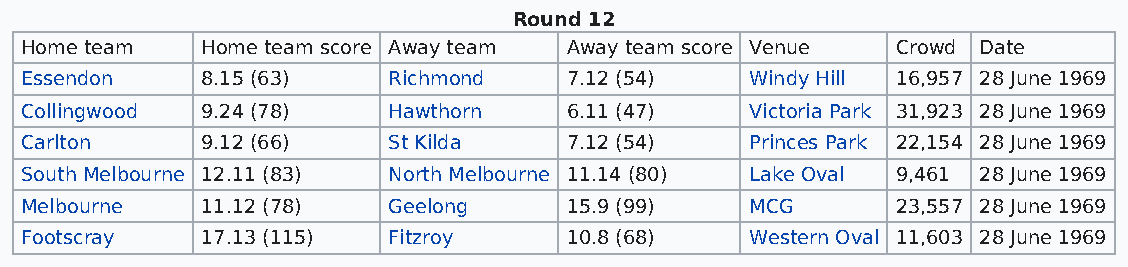
Round 12
 Home team   Home team score Away team Away team score Venue Crowd Date
 Essendon    8.15 (63)    Richmond   7.12 (54)    Windy Hill 16,957 28 June 1969
 Collingwood 9.24 (78)    Hawthorn   6.11 (47)    Victoria Park 31,923 28 June 1969
 Carlton     9.12 (66)    St Kilda   7.12 (54)    Princes Park 22,154 28 June 1969
 South Melbourne 12.11 (83) North Melbourne 11.14 (80) Lake Oval 9,461 28 June 1969
 Melbourne   11.12 (78)   Geelong    15.9 (99)    MCG      23,557 28 June 1969
 Footscray   17.13 (115)  Fitzroy    10.8 (68)    Western Oval 11,603 28 June 1969